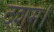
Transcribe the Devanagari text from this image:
दशम।